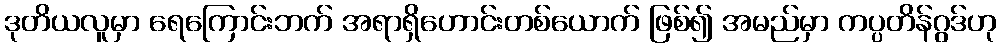
ဒုတိယလူမှာ ရေကြောင်းဘက် အရာရှိဟောင်းတစ်ယောက် ဖြစ်၍ အမည်မှာ ကပ္ပတိန်ဂွဒ်ဟု